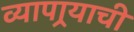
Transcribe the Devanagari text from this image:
व्यापार्‍याची